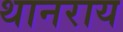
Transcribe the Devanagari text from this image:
थानराय